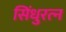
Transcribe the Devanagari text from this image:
सिंधुरत्‍न